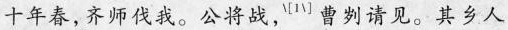
十年春，齐师伐我。公将战，^{\\left[1\\right]}曹刿请见。其乡人